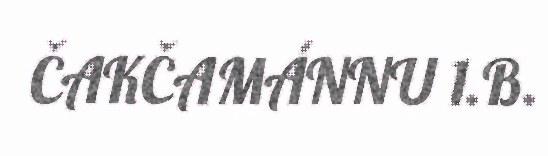
ČAKČAMÁNNU 1.B.